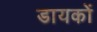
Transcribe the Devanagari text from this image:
डायकों